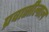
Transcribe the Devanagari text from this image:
प्रवासीलाल